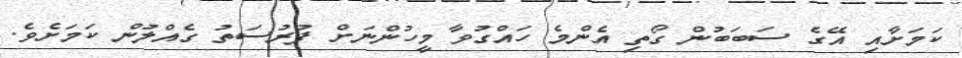
ކަމަށާއި އޭގެ ސަބަބުން ގޯތި އެންމެ ހައްގުވާ މީހުންނަށް ފުރުސަތު ގެއްލުން ކަަމަށެވެ.